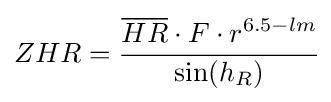
ZHR={\cfrac {{\overline {HR}}\cdot F\cdot r^{6.5-lm}}{\sin(h_{R})}}